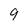
Character: 9